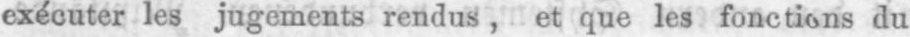
exécuter les jugements rendus, et que les fonctions du